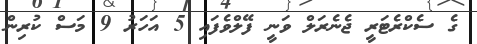
ގެ ސެކްރެޓަރީ ޖެނެރަލް ވަނީ ފޭލްވެފައި 5 އަހަރު 9 މަސް ކުރިން